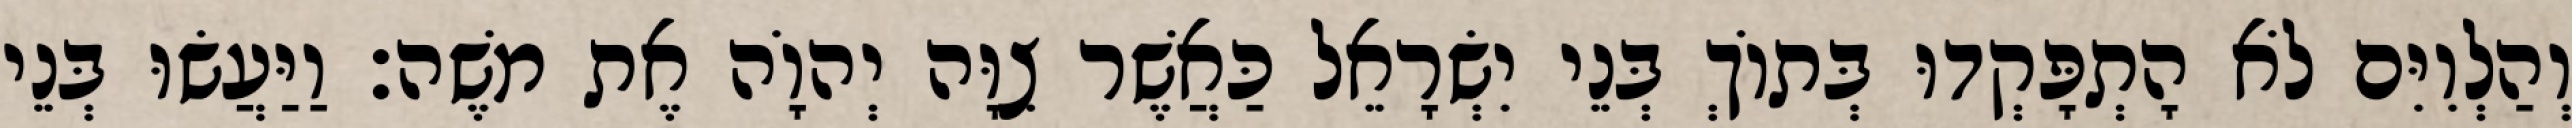
וְהַלְוִיִּם לֹא הָתְפָּקְדוּ בְּתוֹךְ בְּנֵי יִשְׂרָאֵל כַּאֲשֶׁר צִוָּה יְהוָֹה אֶת משֶׁה׃ וַיַּעֲשׂוּ בְּנֵי